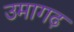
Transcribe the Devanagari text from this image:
उमागढ़